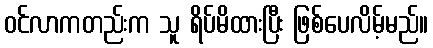
ဝင်လာကတည်းက သူ ရိပ်မိထားပြီး ဖြစ်ပေလိမ့်မည်။